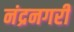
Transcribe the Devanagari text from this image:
नंद्रनगरी